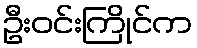
ဦးဝင်းကြိုင်က